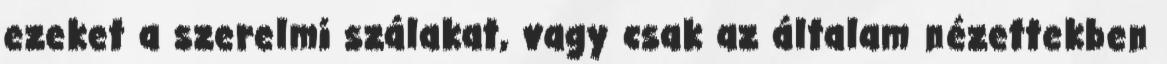
ezeket a szerelmi szálakat, vagy csak az általam nézettekben